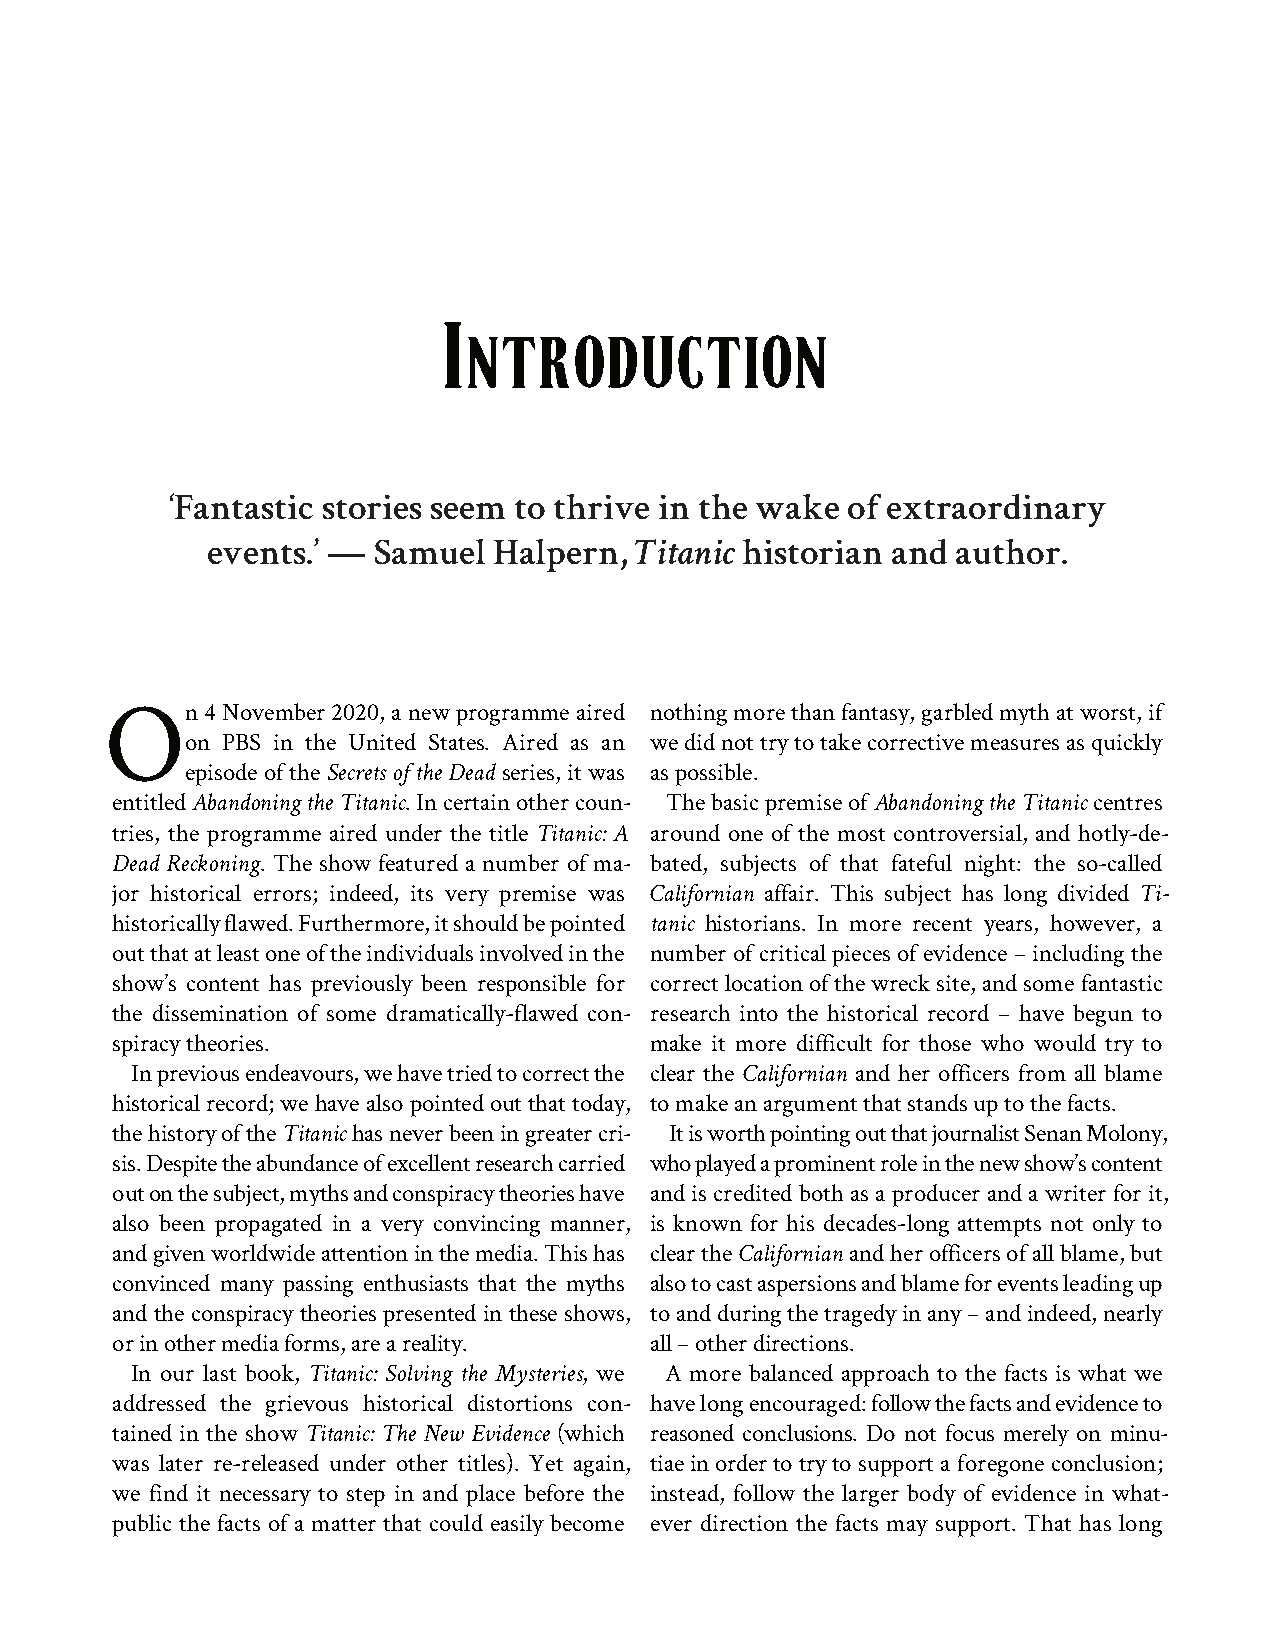
I
 NTRODUCTION
 ‘Fantastic stories seem to thrive in the wake of extraordinary
 events.’ ― Samuel  Halpern, Titanic historian and author.
 On4November2020,anewprogrammeaired  nothingmorethanfantasy,garbledmythatworst,if
 on PBS in the United States. Aired as an wedidnottrytotakecorrectivemeasuresasquickly
 episodeoftheSecretsoftheDeadseries,itwas aspossible.
 entitledAbandoningtheTitanic.Incertainothercoun‐ ThebasicpremiseofAbandoningtheTitaniccentres
 tries, the programme aired under the title Titanic: A around one of the most controversial, and hotly-de‐
 Dead Reckoning. The show featured a number of ma‐ bated, subjects of that fateful night: the so-called
 jor historical errors; indeed, its very premise was Californian affair. This subject has long divided Ti‐
 historicallyflawed.Furthermore,itshouldbepointed tanic historians. In more recent years, however, a
 outthatatleastoneoftheindividualsinvolvedinthe numberofcriticalpiecesofevidence–includingthe
 show’s content has previously been responsible for correctlocationofthewrecksite,andsomefantastic
 the dissemination of some dramatically-flawed con‐ research into the historical record – have begun to
 spiracytheories.                    make it more difficult for those who would try to
 Inpreviousendeavours,wehavetriedtocorrectthe clear the Californian and her officers from all blame
 historicalrecord;wehavealsopointedoutthattoday, tomakeanargumentthatstandsuptothefacts.
 thehistoryoftheTitanichasneverbeeningreatercri‐ ItisworthpointingoutthatjournalistSenanMolony,
 sis.Despitetheabundanceofexcellentresearchcarried whoplayedaprominentroleinthenewshow’scontent
 outonthesubject,mythsandconspiracytheorieshave and is credited both as a producer and a writer for it,
 also been propagated in a very convincing manner, is known for his decades-long attempts not only to
 andgivenworldwideattentioninthemedia.Thishas cleartheCalifornianandherofficersofallblame,but
 convinced many passing enthusiasts that the myths alsotocastaspersionsandblameforeventsleadingup
 and the conspiracy theories presented in these shows, toandduringthetragedyinany–andindeed,nearly
 orinothermediaforms,areareality.    all–otherdirections.
 In our last book, Titanic: Solving the Mysteries, we A more balanced approach to the facts is what we
 addressed the grievous historical distortions con‐ havelongencouraged:followthefactsandevidenceto
 tained in the show Titanic: The New Evidence (which reasoned conclusions. Do not focus merely on minu‐
 was later re-released under other titles). Yet again, tiaeinordertotryto support a foregone conclusion;
 we find it necessary to step in and place before the instead, follow the larger body of evidence in what‐
 public the facts of a matter that could easily become ever direction the facts may support. That has long